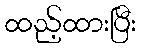
ထည့်ထားပြီး